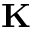
\mathbf { K }